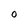
Character: O